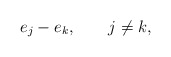
\begin{align*}e_j-e_k,\qquad j\ne k, \end{align*}